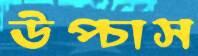
উপ্‌চাস